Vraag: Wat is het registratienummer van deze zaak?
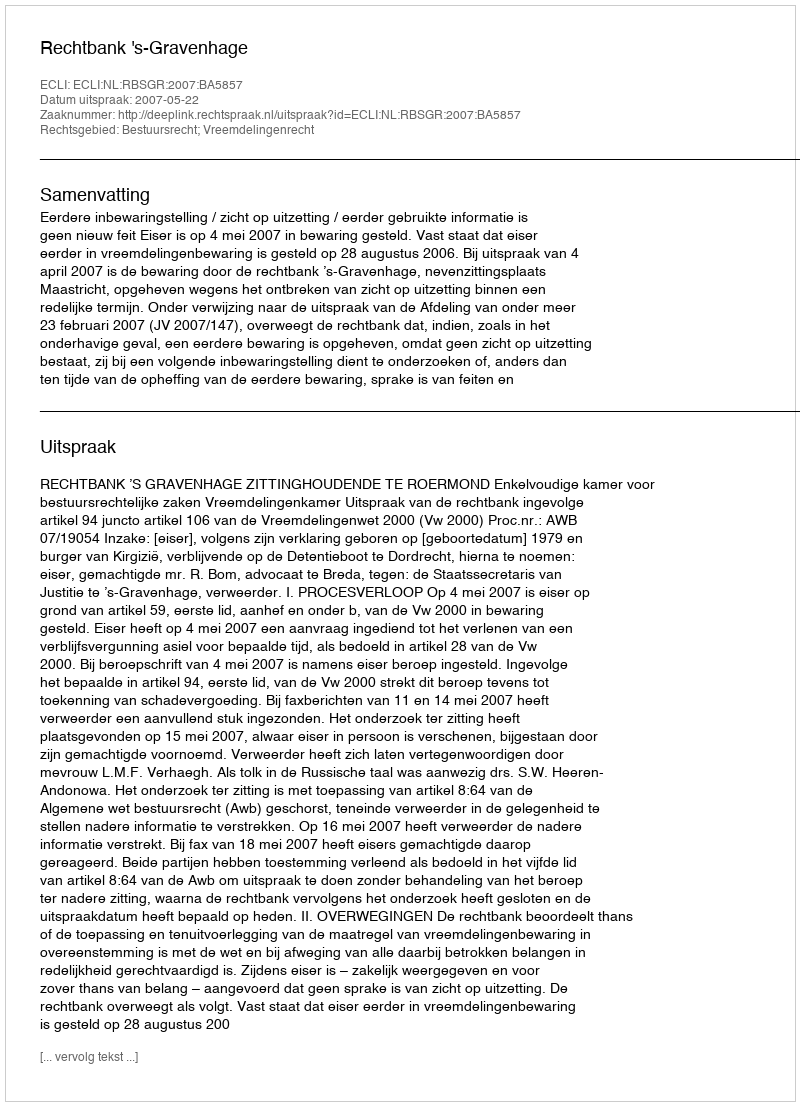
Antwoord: http://deeplink.rechtspraak.nl/uitspraak?id=ECLI:NL:RBSGR:2007:BA5857